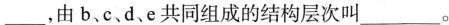
___，由b、c、d，e共同组成的结构层次叫___。